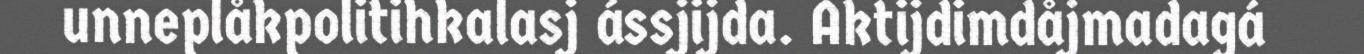
unneplåkpolitihkalasj ássjijda. Aktijdimdåjmadagá